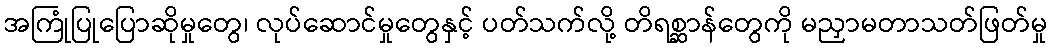
အကြုံပြုပြောဆိုမှုတွေ၊ လုပ်ဆောင်မှုတွေနှင့် ပတ်သက်လို့ တိရစ္ဆာန်တွေကို မညှာမတာသတ်ဖြတ်မှု